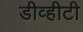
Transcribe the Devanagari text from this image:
डीव्हीटी